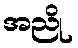
အညို